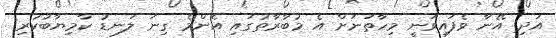
އަދި އޭނާ ވެފައިވަނީ މިހާތަނަށް އެ މުބާރާތުގައި އެންމެ ގިނަ ލަނޑު ކާމިޔާބުކުރި